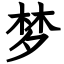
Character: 梦